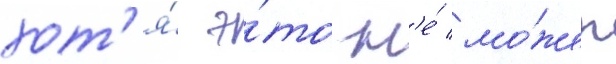
хот'я́ э́то н'е́ мо́жет